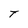
Character: T